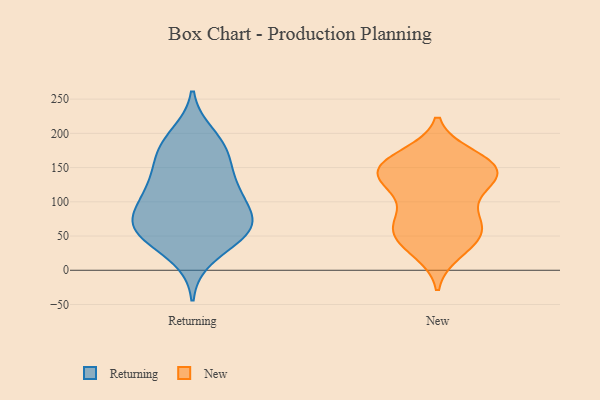
{"axis": {"x": "Humidity (%)", "y": "Value"}, "legend": ["New", "Returning"], "data": [{"x": "", "y": 57, "type": "Returning"}, {"x": "", "y": 20, "type": "Returning"}, {"x": "", "y": 105, "type": "Returning"}, {"x": "", "y": 58, "type": "Returning"}, {"x": "", "y": 102, "type": "Returning"}, {"x": "", "y": 197, "type": "Returning"}, {"x": "", "y": 55, "type": "Returning"}, {"x": "", "y": 74, "type": "Returning"}, {"x": "", "y": 119, "type": "Returning"}, {"x": "", "y": 166, "type": "Returning"}, {"x": "", "y": 61, "type": "Returning"}, {"x": "", "y": 142, "type": "Returning"}, {"x": "", "y": 176, "type": "Returning"}, {"x": "", "y": 124, "type": "Returning"}, {"x": "", "y": 182, "type": "Returning"}, {"x": "", "y": 56, "type": "Returning"}, {"x": "", "y": 77, "type": "Returning"}, {"x": "", "y": 128, "type": "New"}, {"x": "", "y": 64, "type": "New"}, {"x": "", "y": 27, "type": "New"}, {"x": "", "y": 140, "type": "New"}, {"x": "", "y": 154, "type": "New"}, {"x": "", "y": 167, "type": "New"}, {"x": "", "y": 136, "type": "New"}, {"x": "", "y": 158, "type": "New"}, {"x": "", "y": 157, "type": "New"}, {"x": "", "y": 37, "type": "New"}, {"x": "", "y": 119, "type": "New"}, {"x": "", "y": 71, "type": "New"}, {"x": "", "y": 151, "type": "New"}, {"x": "", "y": 116, "type": "New"}, {"x": "", "y": 74, "type": "New"}, {"x": "", "y": 68, "type": "New"}, {"x": "", "y": 54, "type": "New"}, {"x": "", "y": 43, "type": "New"}, {"x": "", "y": 145, "type": "New"}]}